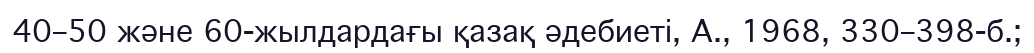
40–50 және 60-жылдардағы қазақ әдебиеті, А., 1968, 330–398-б.;